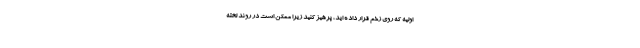
اولیه که روی زخم قرار داده اید، پرهیز کنید زیرا ممکن است در روند لخته